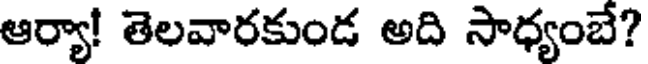
ఆర్యా! తెలవారకుండ అది సాధ్యంబే?